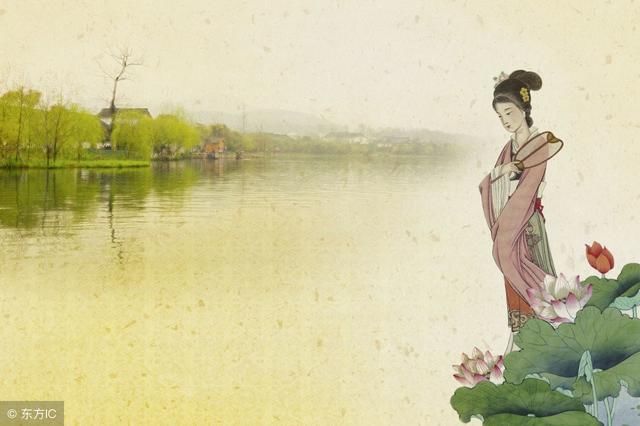
所谓伊人，在水一方。